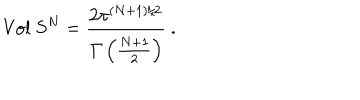
LaTeX: \mathrm { V o l } \ S ^ { N } = \frac { 2 \pi ^ { ( N + 1 ) / 2 } } { { \mit \Gamma } \left( \frac { N + 1 } { 2 } \right) } \ .